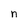
Character: n